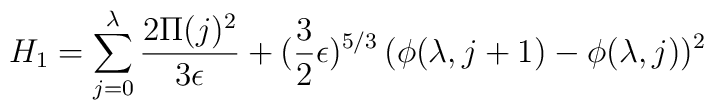
H_1 = \sum_{j=0}^{\lambda} {2 \Pi(j)^2 \over 3\epsilon} +({3\over 2} \epsilon)^{5/3} \,(\phi(\lambda,j+1)-\phi(\lambda,j))^2